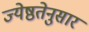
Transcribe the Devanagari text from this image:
ज्येष्ठतेनुसार